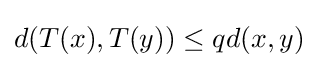
d(T(x),T(y))\leq qd(x,y)